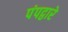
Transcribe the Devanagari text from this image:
पंपद्वारे